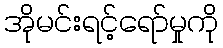
အိုမင်းရင့်ရော်မှုကို